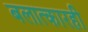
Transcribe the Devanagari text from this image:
बलात्कारही